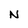
Character: N